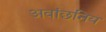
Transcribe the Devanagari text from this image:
अवांछनिय